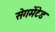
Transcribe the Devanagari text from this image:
सेगमेंटेड